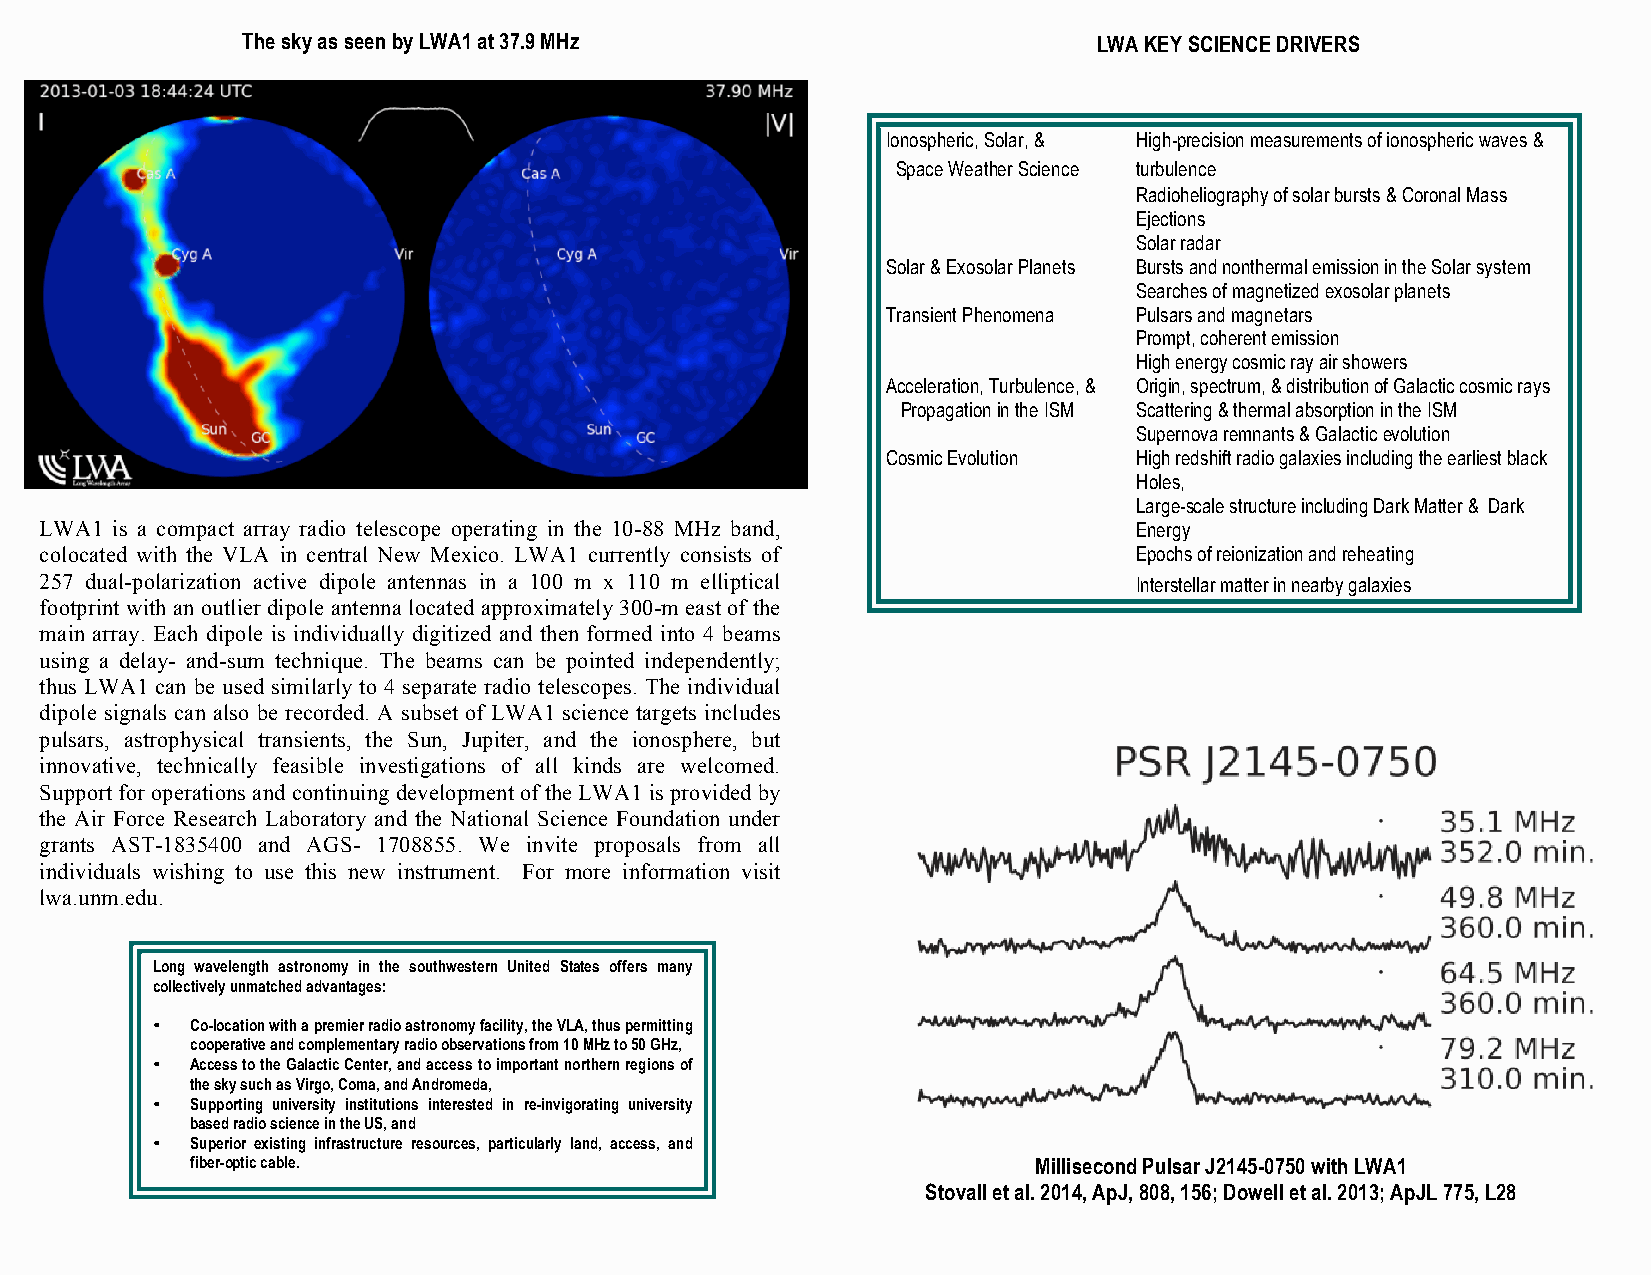
The sky as seen by LWA1 at 37.9 MHz                      LWA KEY SCIENCE DRIVERS
 Ionospheric, Solar, & High-precision measurements of ionospheric waves &
 Space Weather Science turbulence
 Radioheliography of solar bursts & Coronal Mass
 Ejections
 Solar radar
 Solar & Exosolar Planets Bursts and nonthermal emission in the Solar system
 Searches of magnetized exosolar planets
 Transient Phenomena Pulsars and magnetars
 Prompt, coherent emission
 High energy cosmic ray air showers
 Acceleration, Turbulence, & Origin, spectrum, & distribution of Galactic cosmic rays
 Propagation in the ISM Scattering & thermal absorption in the ISM
 Supernova remnants & Galactic evolution
 Cosmic Evolution High redshift radio galaxies including the earliest black
 Holes,
 Large-scale structure including Dark Matter & Dark
 LWA1 is a compact array radio telescope operating in the 10-88 MHz band, Energy
 colocated with the VLA in central New Mexico. LWA1 currently consists of Epochs of reionization and reheating
 257 dual-polarization active dipole antennas in a 100 m x 110 m elliptical Interstellar matter in nearby galaxies
 footprint with an outlier dipole antenna located approximately 300-m east of the
 main array. Each dipole is individually digitized and then formed into 4 beams
 using a delay- and-sum technique. The beams can be pointed independently;
 thus LWA1 can be used similarly to 4 separate radio telescopes. The individual
 dipole signals can also be recorded. A subset of LWA1 science targets includes
 pulsars, astrophysical transients, the Sun, Jupiter, and the ionosphere, but
 innovative, technically feasible investigations of all kinds are welcomed.
 Support for operations and continuing development of the LWA1 is provided by
 the Air Force Research Laboratory and the National Science Foundation under
 grants AST-1835400 and AGS- 1708855. We invite proposals from all
 individuals wishing to use this new instrument. For more information visit
 lwa.unm.edu.
 Long wavelength astronomy in the southwestern United States offers many
 collectively unmatched advantages:
 •  Co-location with a premier radio astronomy facility, the VLA, thus permitting
 cooperative and complementary radio observations from 10 MHz to 50 GHz,
 •  Access to the Galactic Center, and access to important northern regions of
 the sky such as Virgo, Coma, and Andromeda,
 •  Supporting university institutions interested in re-invigorating university
 based radio science in the US, and
 •  Superior existing infrastructure resources, particularly land, access, and
 fiber-optic cable.                                     Millisecond Pulsar J2145-0750 with LWA1
 Stovall et al. 2014, ApJ, 808, 156; Dowell et al. 2013; ApJL 775, L28